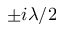
\pm i \lambda / 2